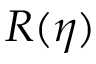
R ( \eta )